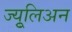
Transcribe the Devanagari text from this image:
ज्युूलिअन